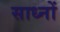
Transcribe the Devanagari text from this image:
साध्नों